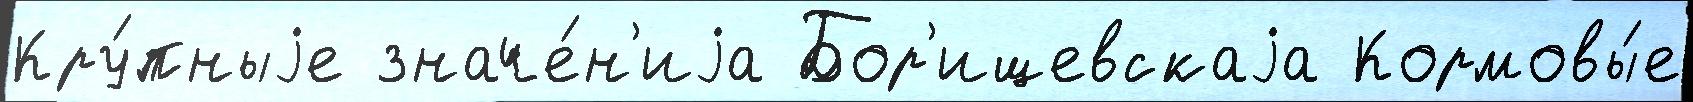
Кру́пныjе значе́н'иjа Бор'ищевскаjа Кормовы́е